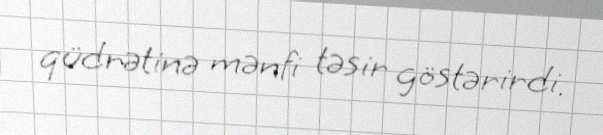
qüdrətinə mənfi təsir göstərirdi.